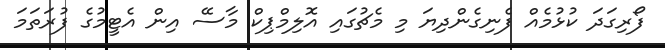
ފޯރިގަދަ ކުޅުމެއް ފެނިގެންދިޔަ މި މެޗުގައި އޮލިމްޕިކް މާސޭ އިން އެޓީމުގެ ފުރަތަމަ